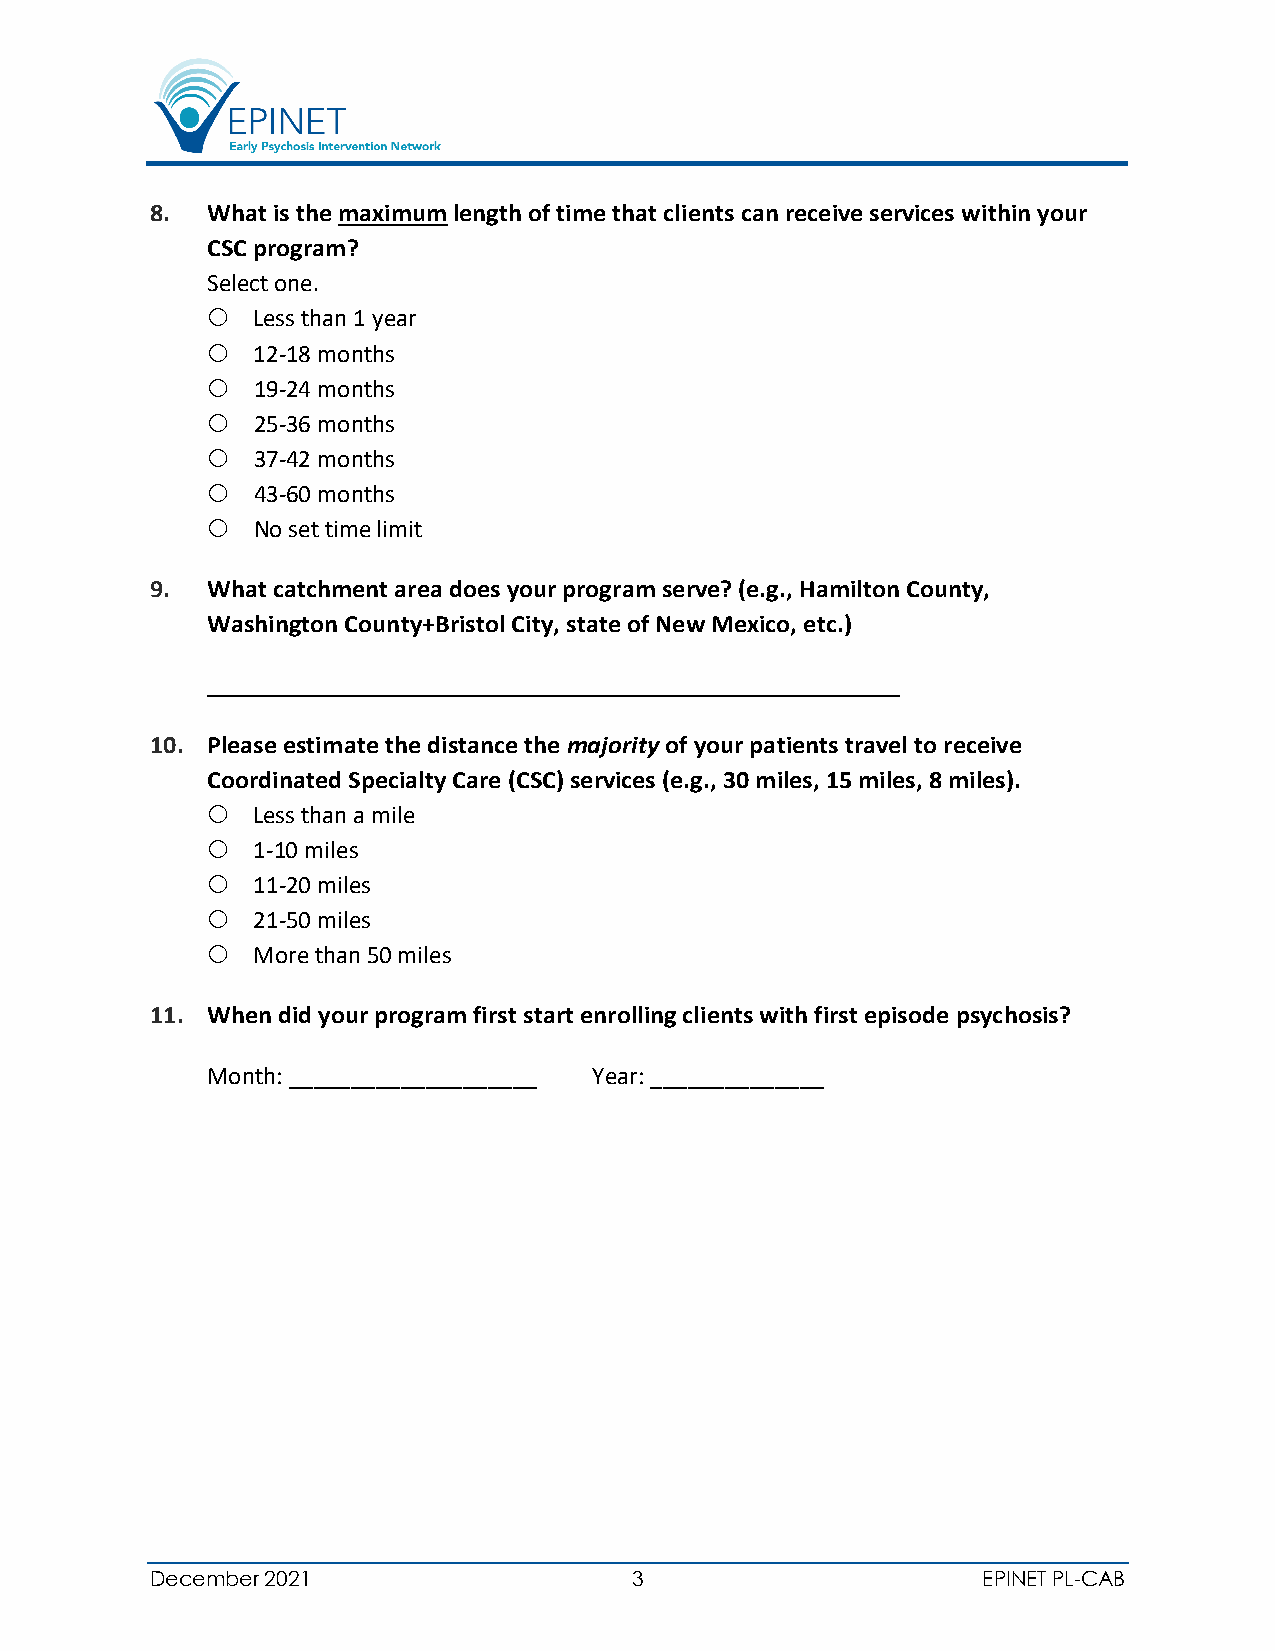
8.  What is the maximum length of time that clients can receive services within your
 CSC program?
 Select one.
   Less than 1 year
   12-18 months
   19-24 months
   25-36 months
   37-42 months
   43-60 months
   No set time limit
 9.  What catchment area does your program serve? (e.g., Hamilton County,
 Washington County+Bristol City, state of New Mexico, etc.)
 10. Please estimate the distance the majority of your patients travel to receive
 Coordinated Specialty Care (CSC) services (e.g., 30 miles, 15 miles, 8 miles).
   Less than a mile
   1-10 miles
   11-20 miles
   21-50 miles
   More than 50 miles
 11. When did your program first start enrolling clients with first episode psychosis?
 Month: ____________________ Year: ______________
 December 2021                   3                      EPINET PL-CAB